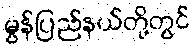
မွန်ပြည်နယ်တို့တွင်